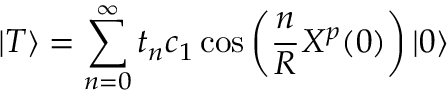
| T \rangle = \sum _ { n = 0 } ^ { \infty } t _ { n } c _ { 1 } \cos \left( \frac { n } { R } X ^ { p } ( 0 ) \right) | 0 \rangle